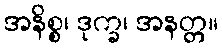
အနိစ္စ၊ ဒုက္ခ၊ အနတ္တ။